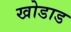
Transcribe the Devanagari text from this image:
खोडाड